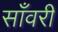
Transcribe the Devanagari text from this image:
साँवरी